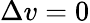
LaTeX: \Delta v=0